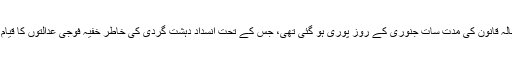
پاکستان میں اُس دو سالہ قانون کی مدت سات جنوری کے روز پوری ہو گئی تھی، جس کے تحت انسداد دہشت گردی کی خاطر خفیہ فوجی عدالتوں کا قیام عمل میں لایا گیا تھا۔